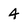
Character: 4